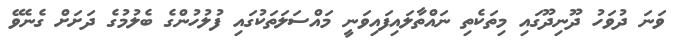
ވަނަ ދުވަހު ދޫނިދޫގައި މިތަކެތި ނައްތާލައިފައިވަނީ މައްސަލަތަކުގައި ފުލުހުންގެ ބެލުމުގެ ދަށަށް ގެނެވޭ